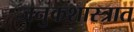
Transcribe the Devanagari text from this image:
जनुकशास्त्रात